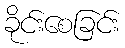
ခိုင်းစေခြင်း